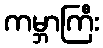
ကမ္ဘာကြီး